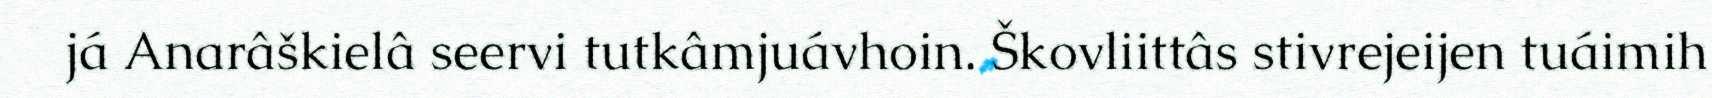
já Anarâškielâ seervi tutkâmjuávhoin. Škovliittâs stivrejeijen tuáimih